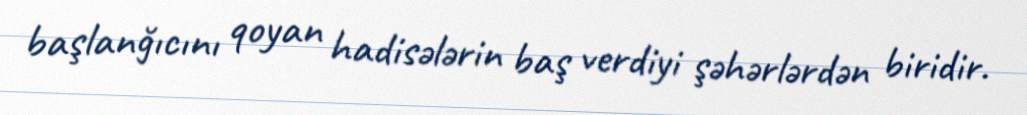
başlanğıcını qoyan hadisələrin baş verdiyi şəhərlərdən biridir.